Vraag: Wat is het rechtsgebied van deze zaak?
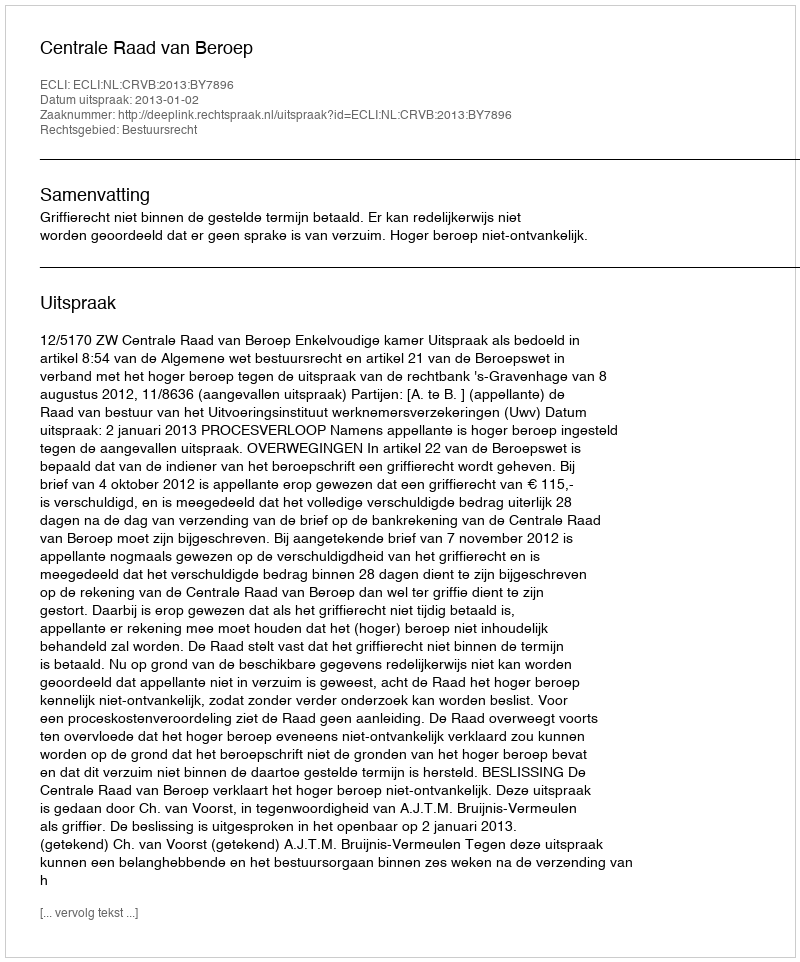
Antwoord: Bestuursrecht